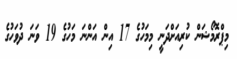
މިޕްރޮމޯޝަން ކުރިއަށްދަނީ މިމަހުގެ 17 އިން އަންނަ މަހުގެ 19 ވަނަ ދުވަހުގެ